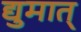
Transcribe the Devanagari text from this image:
द्युमात्